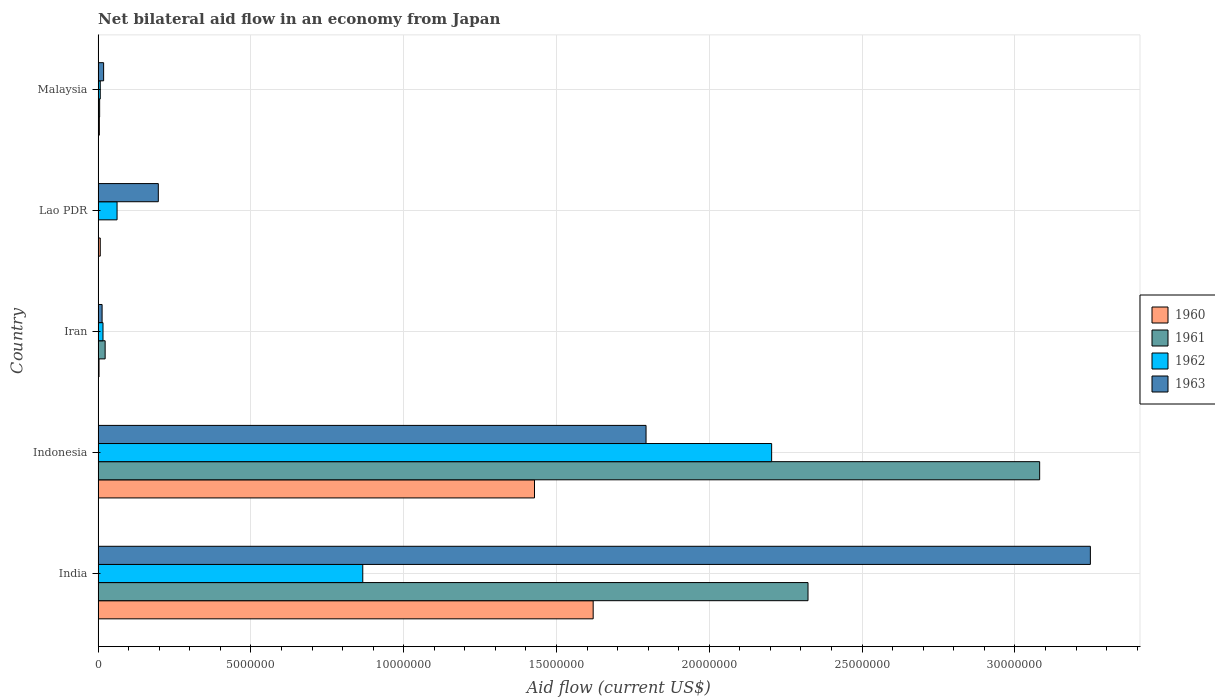
| Country | 1960 | 1961 | 1962 | 1963 |
 | --- | --- | --- | --- | --- |
 | India | 1.62e+07 | 2.32e+07 | 8.66e+06 | 3.25e+07 |
 | Indonesia | 1.43e+07 | 3.08e+07 | 2.2e+07 | 1.79e+07 |
 | Iran | 3e+04 | 2.3e+05 | 1.6e+05 | 1.3e+05 |
 | Lao PDR | 7e+04 | 1e+04 | 6.2e+05 | 1.97e+06 |
 | Malaysia | 4e+04 | 5e+04 | 7e+04 | 1.8e+05 |